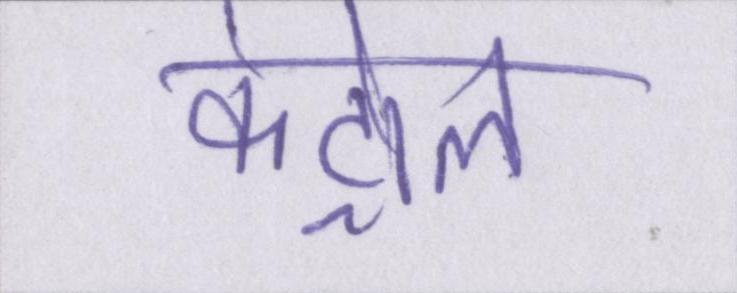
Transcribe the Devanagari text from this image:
कंट्रोल